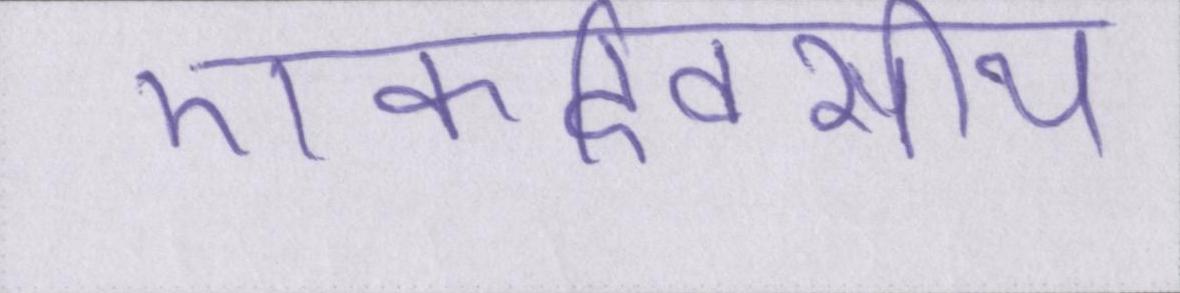
एकदिवसीय